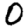
Digit: 0